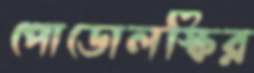
পোডোলস্কির